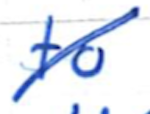
Text: to
Cross-out: diagonal
Writing tool: ballpoint